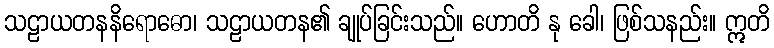
သဠာယတနနိရောဓော၊ သဠာယတန၏ ချုပ်ခြင်းသည်။ ဟောတိ နု ခေါ၊ ဖြစ်သနည်း။ ဣတိ